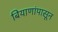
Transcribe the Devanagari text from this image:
बियाणांपासून